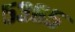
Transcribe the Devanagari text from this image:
५३६५